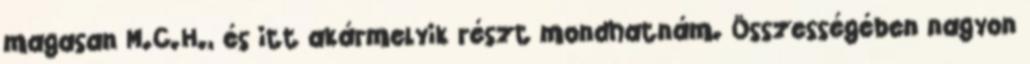
magasan M.C.H., és itt akármelyik részt mondhatnám. Összességében nagyon